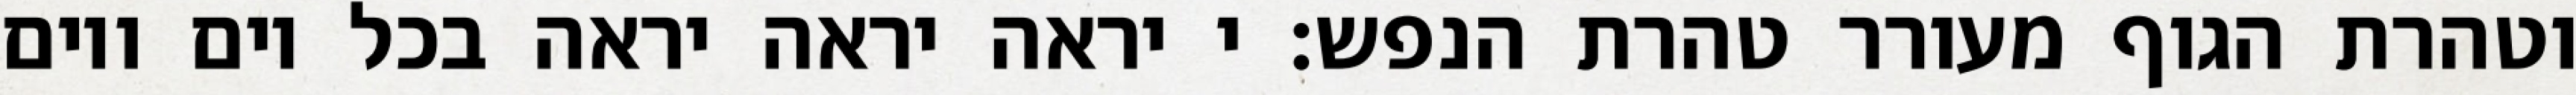
וטהרת הגוף מעורר טהרת הנפש: י יראה יראה יראה בכל יום ויום